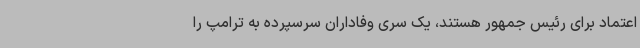
اعتماد برای رئیس جمهور هستند، یک سری وفاداران سرسپرده به ترامپ را